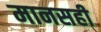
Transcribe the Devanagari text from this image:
मानसही